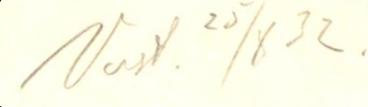
Vast. 25/8 32.